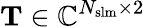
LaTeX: \mathbf{T}\in\mathbb{C}^{N_{\mathrm{{slm}}}\times 2}